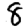
Digit: 8